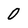
Character: 0